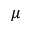
\mu